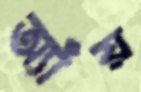
অ্যাঁয়